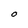
Character: O